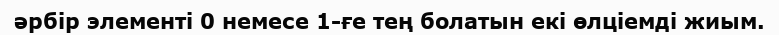
әрбір элементі 0 немесе 1-ғе тең болатын екі өлціемді жиым.